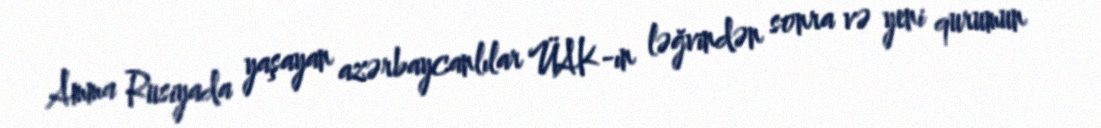
Amma Rusiyada yaşayan azərbaycanlılar ÜAK-ın ləğvindən sonra və yeni qurumun